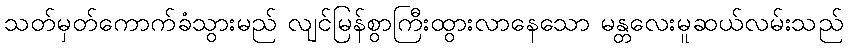
သတ်မှတ်ကောက်ခံသွားမည် လျင်မြန်စွာကြီးထွားလာနေသော မန္တလေးမူဆယ်လမ်းသည်